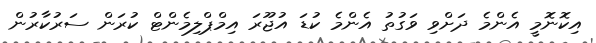
އިކޮނޮމީ އެންމެ ދަށްވި ވަގުތު އެންމެ ކުޑަ އުޖޫރަ އިމްޕްލިމެންޓް ކުރަން ސަރުކާރުން